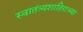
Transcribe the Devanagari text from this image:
स्वातंत्र्यशाहिराच्या